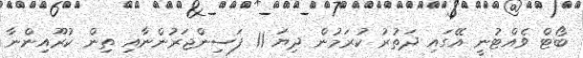
ބޯޓް ވެއްޓުނީ އޭގައި ދަތުރު ކުރަމުން ދިޔަ 11 ފަސިންޖަރުންނާއި ތިން ކުރޫއިންނާ